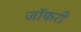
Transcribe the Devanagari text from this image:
जॉफरी